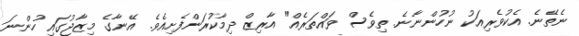
ނެތޭނެ. އެކުވެރިއަކު ނުހުންނާނެ. ތިވެސް ވައްތަރެއް" އާރިޒް ދިމާކުރަންފެށިއެވެ. އޭނާގެ މިޒާޖުގައި ހުންނަ